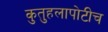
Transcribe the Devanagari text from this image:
कुतुहलापोटीच